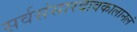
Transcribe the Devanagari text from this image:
सर्वसंसारदावकालानलं